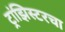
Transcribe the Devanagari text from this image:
ट्रांझिस्टरचा